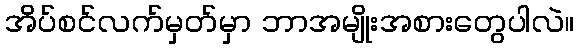
အိပ်စင်လက်မှတ်မှာ ဘာအမျိုးအစားတွေပါလဲ။